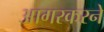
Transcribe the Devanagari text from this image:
आगरकरने